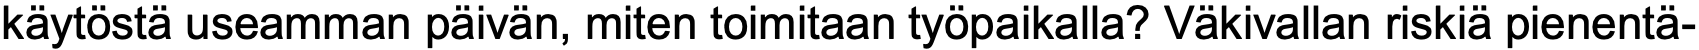
käytöstä useamman päivän, miten toimitaan työpaikalla? Väkivallan riskiä pienentä-